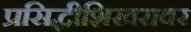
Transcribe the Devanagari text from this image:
प्रसिद्धीशिखरावर